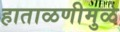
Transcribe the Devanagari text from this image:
हाताळणीमुळे